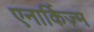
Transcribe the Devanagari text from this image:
एनार्किज़्म